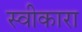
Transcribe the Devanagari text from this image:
स्‍वीकारा